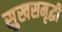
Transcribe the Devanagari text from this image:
सुखसमृद्धी